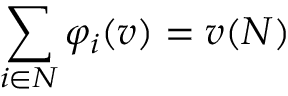
\sum _ { i \in N } \varphi _ { i } ( v ) = v ( N )